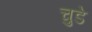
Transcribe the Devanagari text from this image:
चुडे